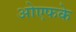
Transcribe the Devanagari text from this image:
ओएफके